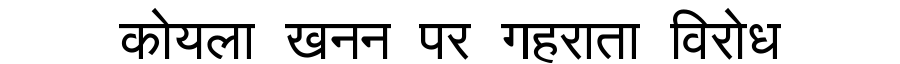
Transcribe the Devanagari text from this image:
कोयला खनन पर गहराता विरोध